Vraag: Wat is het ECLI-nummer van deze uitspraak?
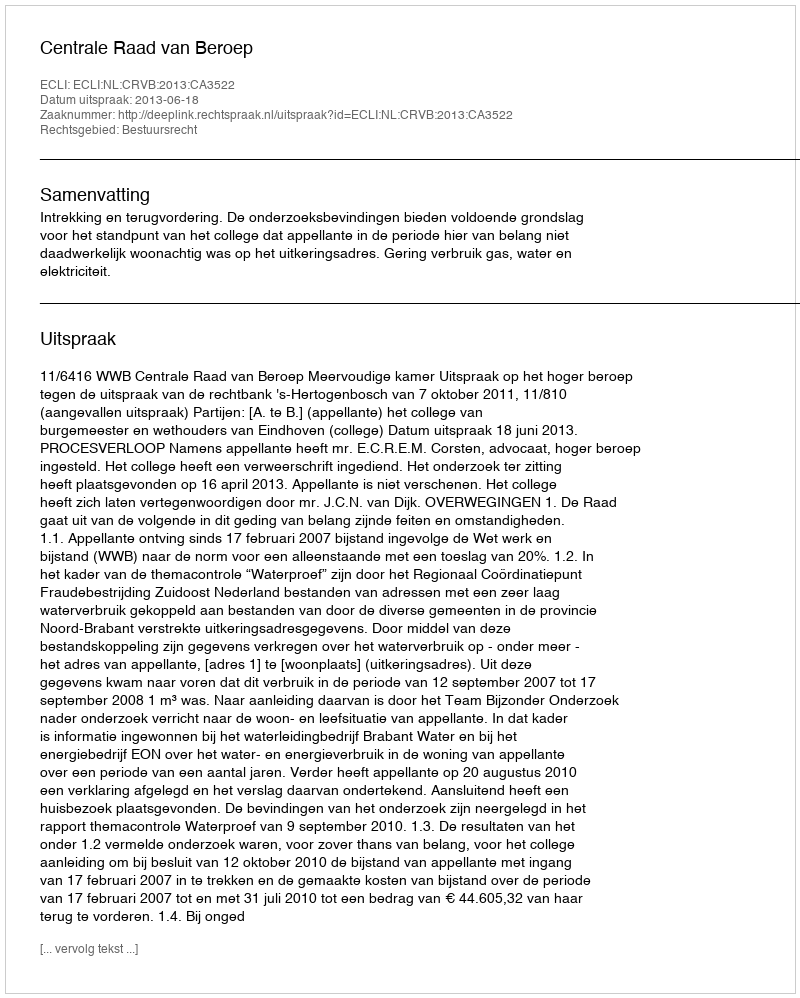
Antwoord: ECLI:NL:CRVB:2013:CA3522